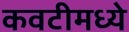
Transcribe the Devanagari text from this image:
कवटीमध्ये